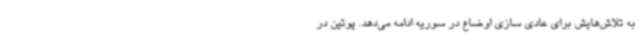
به تلاش‌هایش برای عادی سازی اوضاع در سوریه ادامه می‌دهد. پوتین در